Scientific memoirs by medical officers of the Army of India - Part X,
Year: 1897
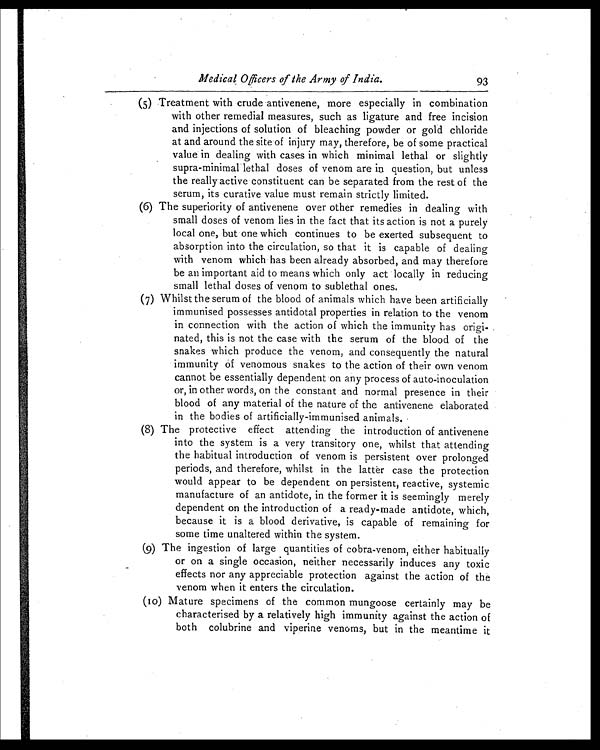
Medical Officers of the Army of India.
93
(5) Treatment with crude antivenin, more especially in combination
with other remedial measures, such as ligature and free incision
and injections of solution of bleaching powder or gold chloride
at and around the site of injury may, therefore, be of some practical
value in dealing with cases in which minimal lethal or slightly
supra-minimal lethal doses of venom are in question, but unless
the really active constituent can be separated from the rest of the
serum, its curative value must remain strictly limited.
(6) The superiority of antivenene over other remedies in dealing with
small doses of venom lies in the fact that its action is not a purely
local one, but one which continues to be exerted subsequent to
absorption into the circulation, so that it is capable of dealing
with venom which has been already absorbed, and may therefore
be an important aid to means which only act locally in reducing
small lethal doses of venom to sublethal ones.
(7) Whilst the serum of the blood of animals which have been artificially
immunised possesses antidotal properties in relation to the venom
in connection with the action of which the immunity has origi-
nated, this is not the case with the serum of the blood of the
snakes which produce the venom, and consequently the natural
immunity of venomous snakes to the action of their own venom
cannot be essentially dependent on any process of auto-inoculation
or, in other words, on the constant and normal presence in their
blood of any material of the nature of the antivenene elaborated
in the bodies of artificially-immunised animals.
(8) The protective effect attending the introduction of antivenene
into the system is a very transitory one, whilst that attending
the habitual introduction of venom is persistent over prolonged
periods, and therefore, whilst in the latter case the protection
would appear to be dependent on persistent, reactive, systemic
manufacture of an antidote, in the former it is seemingly merely
dependent on the introduction of a ready-made antidote, which,
because it is a blood derivative, is capable of remaining for
some time unaltered within the system.
(9) The ingestion of large quantities of cobra-venom, either habitually
or on a single occasion, neither necessarily induces any toxic
effects nor any appreciable protection against the action of the
venom when it enters the circulation.
(10) Mature specimens of the common mungoose certainly may be
characterised by a relatively high immunity against the action of
both colubrine and viperine venoms, but in the meantime it